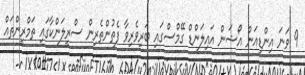
9 ވަނަ އިންޑިއަން އޯޝަން އައިލަންޑް ގޭމްސްގައި ބަރިވެރިވާ ފެތުންތެރިން ސްރީލަންކާގައި ތަމްރީންތައް